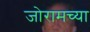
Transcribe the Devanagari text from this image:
जोरामच्या